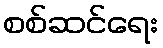
စစ်ဆင်ရေး